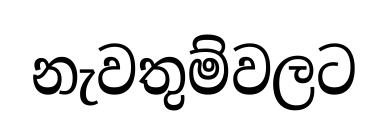
නැවතුම්වලට